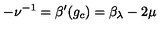
- \nu ^ { - 1 } = \beta ^ { \prime } ( g _ { c } ) = \beta _ { \lambda } - 2 \mu